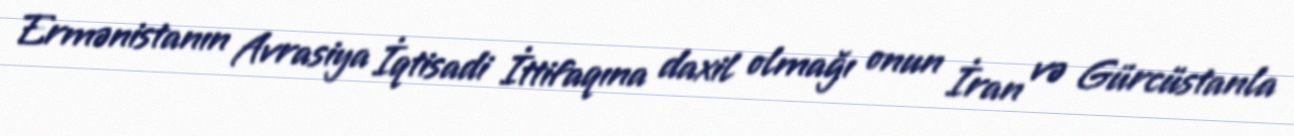
Ermənistanın Avrasiya İqtisadi İttifaqına daxil olmağı onun İran və Gürcüstanla